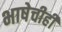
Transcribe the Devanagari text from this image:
भाषेचीही